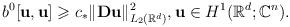
LaTeX: \begin{align*}b^0[\mathbf{u},\mathbf{u}]\geqslant c_*\Vert \mathbf{D}\mathbf{u}\Vert ^2_{L_2(\mathbb{R}^d)},\mathbf{u}\in H^1(\mathbb{R}^d;\mathbb{C}^n).\end{align*}